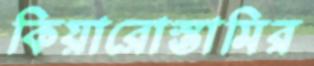
কিয়ারোস্তামির